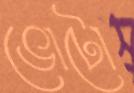
ভোটো